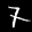
Label: 7